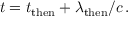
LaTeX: t = t _ { \mathrm { t h e n } } + \lambda _ { \mathrm { t h e n } } / c \, .